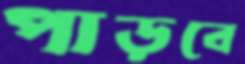
পাড়বে